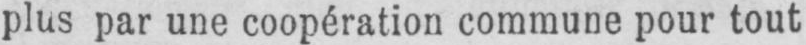
plus par une coopération commune pour tout